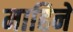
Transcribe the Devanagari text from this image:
माहिने